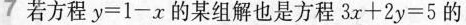
7 若方程 $$y = 1 - x$$ 的某组解也是方程 $$3 x + 2 y = 5$$ 的